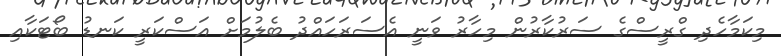
މިކަމާހެދި ގްރީސްގެ ސަރުކާރުން މިހާރު ވަނީ އެސަރަހައްދު ބެލުމަށް އަސްކަރީ ކަނޑު ބޯޓަކާއި